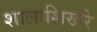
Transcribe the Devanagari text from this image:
शालाशिखरे